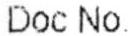
DOC NO